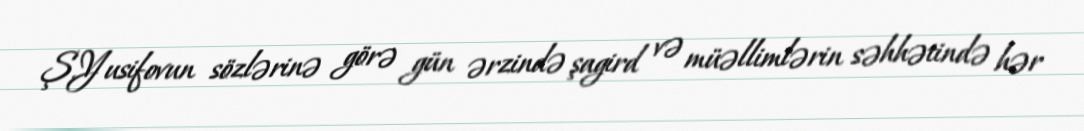
Ş.Yusifovun sözlərinə görə gün ərzində şagird və müəllimlərin səhhətində hər